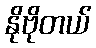
နိုဗိုတယ်